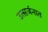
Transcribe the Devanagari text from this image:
उत्सर्जनात